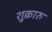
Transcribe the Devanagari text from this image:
शुक्रारु